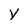
Character: y